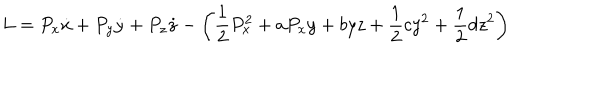
L = P _ { x } \dot { x } + P _ { y } \dot { y } + P _ { z } \dot { z } - \left( \frac { 1 } { 2 } P _ { x } ^ { 2 } + a P _ { x } y + b y z + \frac { 1 } { 2 } c y ^ { 2 } + \frac { 1 } { 2 } d z ^ { 2 } \right)